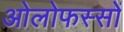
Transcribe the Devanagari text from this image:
ओलोफस्सों